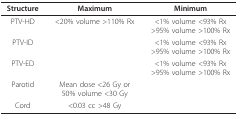
<table><thead><tr><td><b>Structure</b></td><td><b>Maximum</b></td><td><b>Minimum</b></td></tr></thead><tbody><tr><td>PTV-HD</td><td>&lt;20% volume &gt;110% Rx</td><td>&lt;1% volume &lt;93% Rx&gt;95% volume &gt;100% Rx</td></tr><tr><td>PTV-ID</td><td></td><td>&lt;1% volume &lt;93% Rx&gt;95% volume &gt;100% Rx</td></tr><tr><td>PTV-ED</td><td></td><td>&lt;1% volume &lt;93% Rx&gt;95% volume &gt;100% Rx</td></tr><tr><td>Parotid</td><td>Mean dose &lt;26 Gy or50% volume &lt;30 Gy</td><td></td></tr><tr><td>Cord</td><td>&lt;0.03 cc &gt;48 Gy</td><td></td></tr></tbody></table>